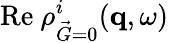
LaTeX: \mathrm{Re}~\rho_{\vec{G}=0}^{i}(\mathbf{q},\omega)